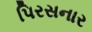
પિરસનાર